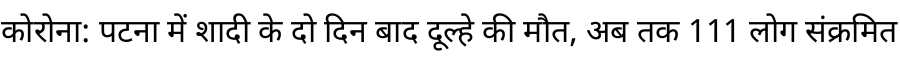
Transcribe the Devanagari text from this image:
कोरोना: पटना में शादी के दो दिन बाद दूल्हे की मौत, अब तक 111 लोग संक्रमित